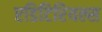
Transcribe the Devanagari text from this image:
एडिटिरियल्स